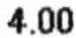
4.00